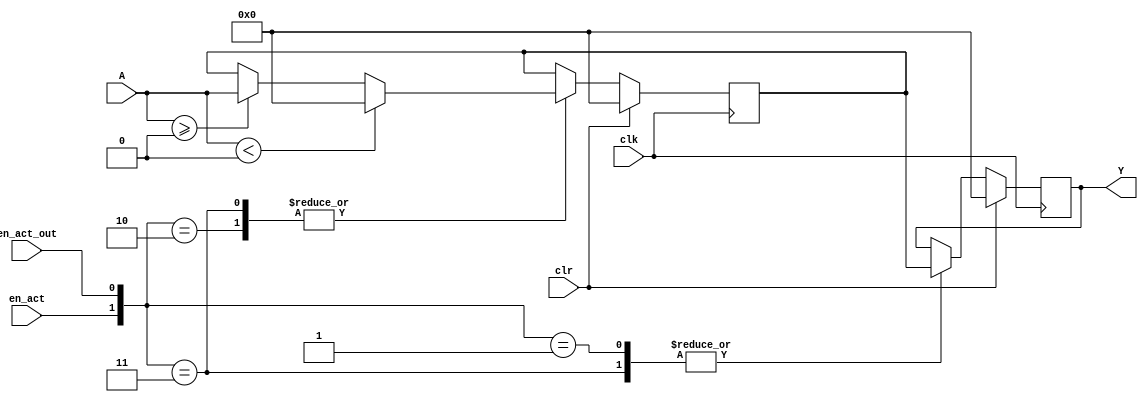
`timescale 1ns / 1ps
//////////////////////////////////////////////////////////////////////////////////
// Company: 
// Engineer: 
// 
// Design Name: 
// Module Name: ReLU
// Project Name: 
// Target Devices: 
// Tool Versions: 
// Description: 
// 
// Dependencies: 
// 
// Revision:
// Revision 0.01 - File Created
// Additional Comments:
// 
//////////////////////////////////////////////////////////////////////////////////


module ReLU #(parameter In_d_W=18)(
    input clk, clr, en_act, en_act_out,
    input signed [In_d_W-1:0] A,
    output reg  signed [In_d_W-1:0] Y
    );
    reg  signed [In_d_W-1:0] X;
    always@(posedge clk)
    begin
    if(clr==1)
        begin Y<=0;  X<=0; end
    else if(clr==0) begin
    case({en_act,en_act_out})
    2'b00:  Y<=Y; 
    2'b01:  Y<=X;
    2'b10:  begin 
                if(A<0) X<='d0;
                else if(A>=0)  X<=A;
             end
    2'b11:  begin
                if(A<0) X<='d0;
                else if(A>=0) X<=A;
                Y<=X;
             end
    endcase
    end
    end
endmodule